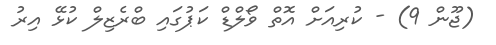
(ޖޫން 9) - ކުރިއަށް އޮތް ވޯލްޑް ކަޕުގައި ބްރެޒިލް ކުޅޭ އިރު